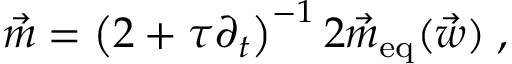
\vec { m } = \left( 2 + \tau \partial _ { t } \right) ^ { - 1 } 2 \vec { m } _ { \mathrm { e q } } ( \vec { w } ) \; ,